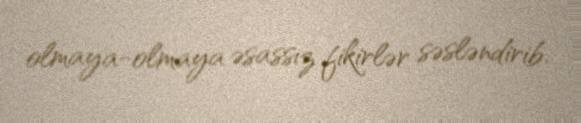
olmaya-olmaya əsassız fikirlər səsləndirib.